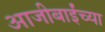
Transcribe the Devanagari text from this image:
आजीबाईंच्या